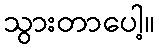
သွားတာပေါ့။